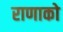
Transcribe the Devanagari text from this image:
राणाको